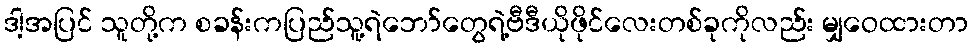
ဒါ့အပြင် သူတို့က စခန်းကပြည်သူ့ရဲဘော်တွေရဲ့ဗီဒီယိုဖိုင်လေးတစ်ခုကိုလည်း မျှဝေထားတာ